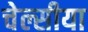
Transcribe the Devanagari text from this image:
चेल्सीया